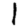
Digit: 1